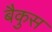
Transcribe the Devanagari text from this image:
बैकुस